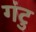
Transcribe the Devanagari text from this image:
गंटु